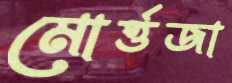
মোর্ত্তজা